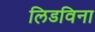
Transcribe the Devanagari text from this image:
लिडविना